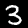
Label: 3